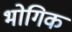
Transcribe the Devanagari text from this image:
भोगिक